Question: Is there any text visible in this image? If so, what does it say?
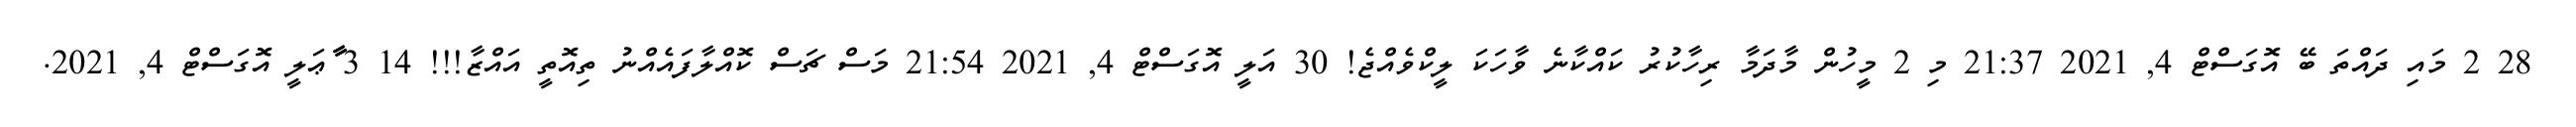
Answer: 28 2 މައި ދައްތަ ބޭ އޮގަސްޓް 4, 2021 21:37 މި 2 މީހުން މާދަމާ ރިހާކުރު ކައްކާނެ ވާހަކަ ލީކްވެއްޖެ! 30 އަލީ އޮގަސްޓް 4, 2021 21:54 މަސް ޗަސް ކޮއްލާފައެއްނު ތިއޮތީ އައްޒާ!!! 14 3 ާާާޢަލީ އޮގަސްޓް 4, 2021.